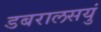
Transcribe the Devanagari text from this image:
डबरालसयुं